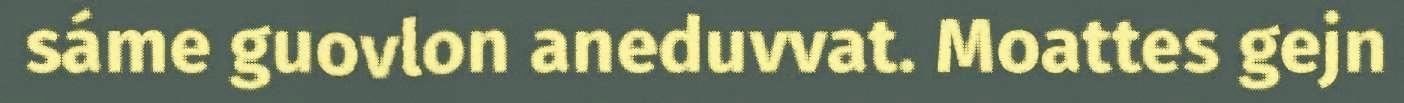
sáme guovlon aneduvvat. Moattes gejn